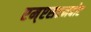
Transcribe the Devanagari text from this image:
एम्एसएनबोट